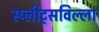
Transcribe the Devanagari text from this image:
स्प्लीट्सविल्ला